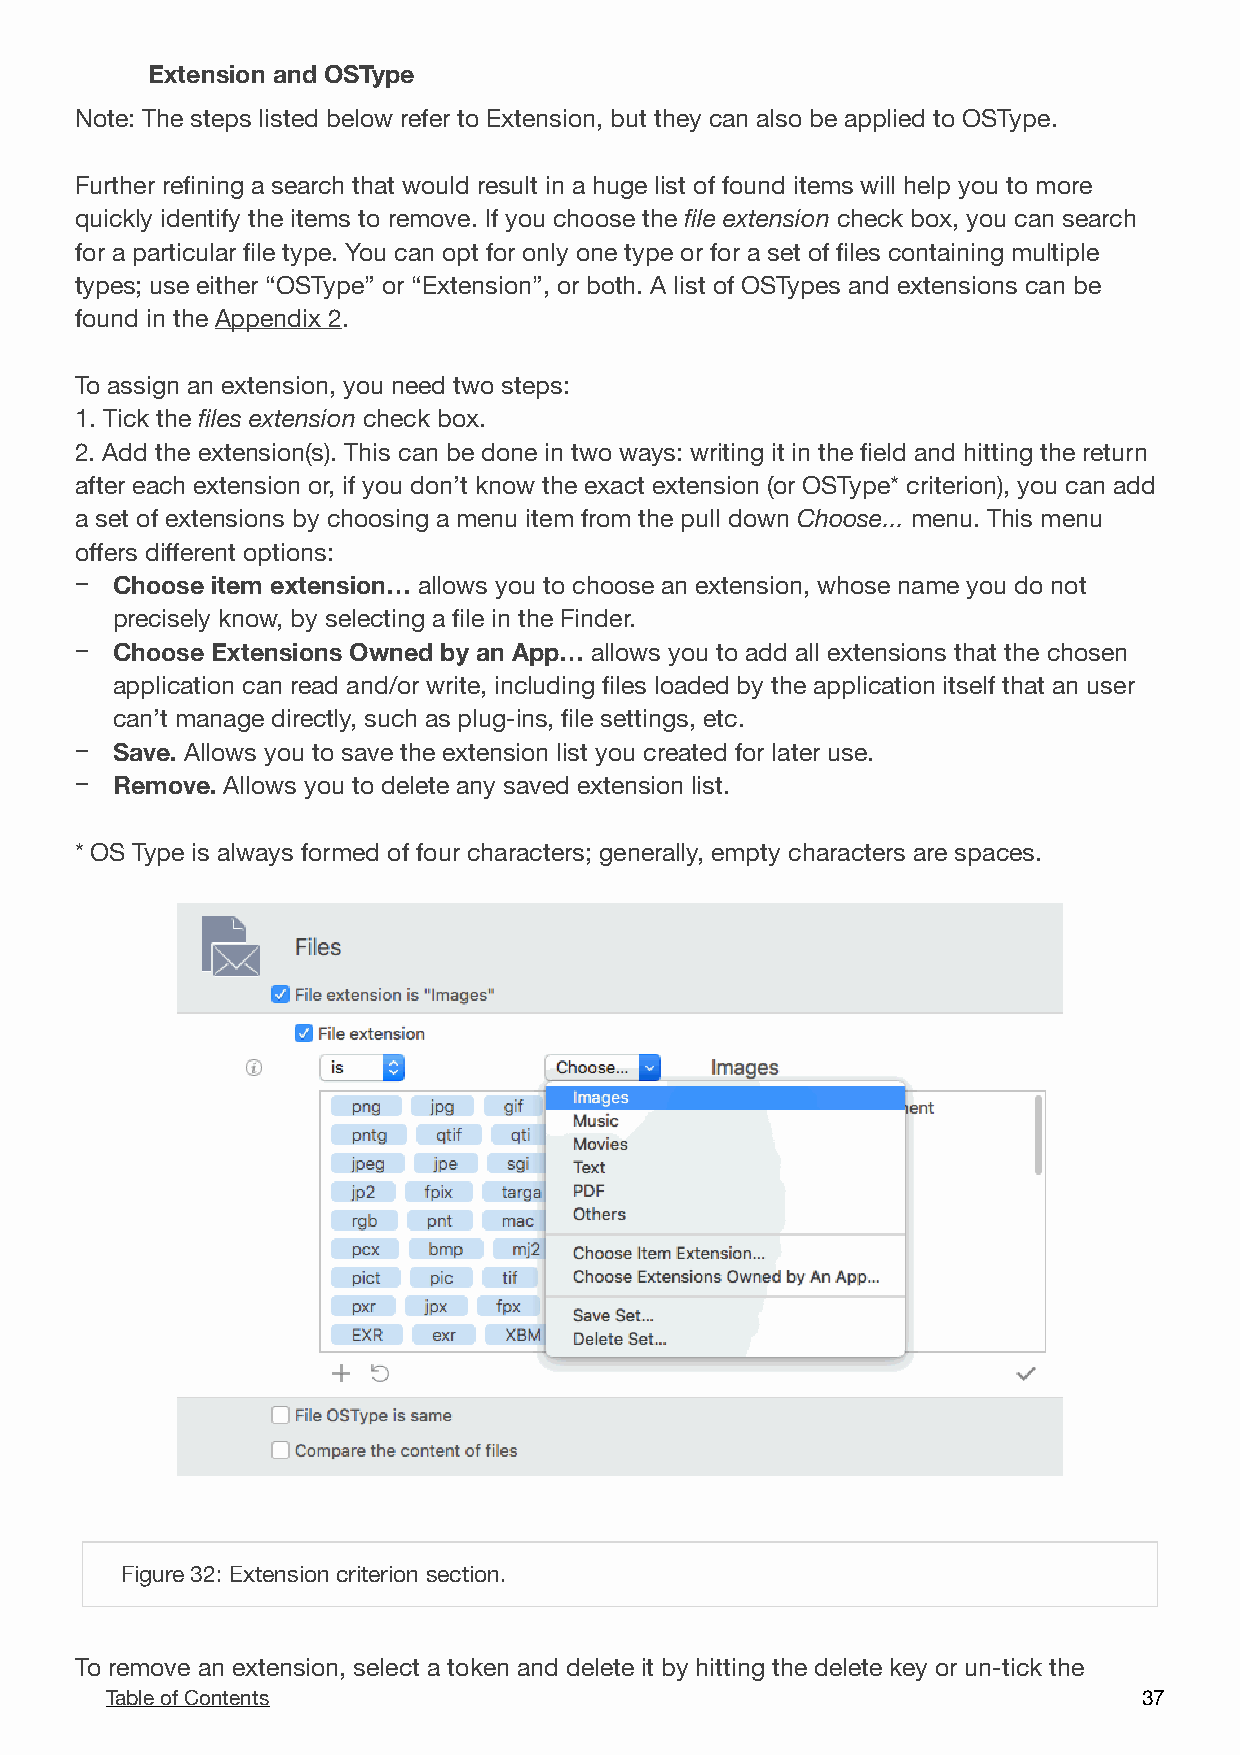
Extension and OSType
 Note: The steps listed below refer to Extension, but they can also be applied to OSType.
 Further refining a search that would result in a huge list of found items will help you to more
 quickly identify the items to remove. If you choose the file extension check box, you can search
 for a particular file type. You can opt for only one type or for a set of files containing multiple
 types; use either “OSType” or “Extension”, or both. A list of OSTypes and extensions can be
 found in the Appendix 2.
 To assign an extension, you need two steps:
 1. Tick the files extension check box.
 2. Add the extension(s). This can be done in two ways: writing it in the field and hitting the return
 after each extension or, if you don’t know the exact extension (or OSType* criterion), you can add
 a set of extensions by choosing a menu item from the pull down Choose... menu. This menu
 offers different options:
 − Choose item extension… allows you to choose an extension, whose name you do not
 precisely know, by selecting a file in the Finder.
 − Choose Extensions Owned by an App… allows you to add all extensions that the chosen
 application can read and/or write, including files loaded by the application itself that an user
 can’t manage directly, such as plug-ins, file settings, etc.
 − Save. Allows you to save the extension list you created for later use.
 − Remove. Allows you to delete any saved extension list.
 * OS Type is always formed of four characters; generally, empty characters are spaces.
 !
 Figure 32: Extension criterion section.
 To remove an extension, select a token and delete it by hitting the delete key or un-tick the
 Table of Contents                                                    3 7